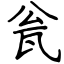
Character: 瓮